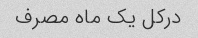
درکل یک ماه مصرف